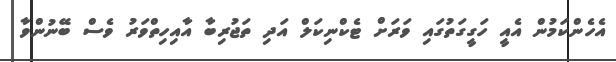
އެހެންކަމުން އެއީ ހަގީގަތުގައި ވަރަށް ޓެކްނިކަލް އަދި ތަޖުރިބާ އާއިހިތްވަރު ވެސް ބޭނުންވާ